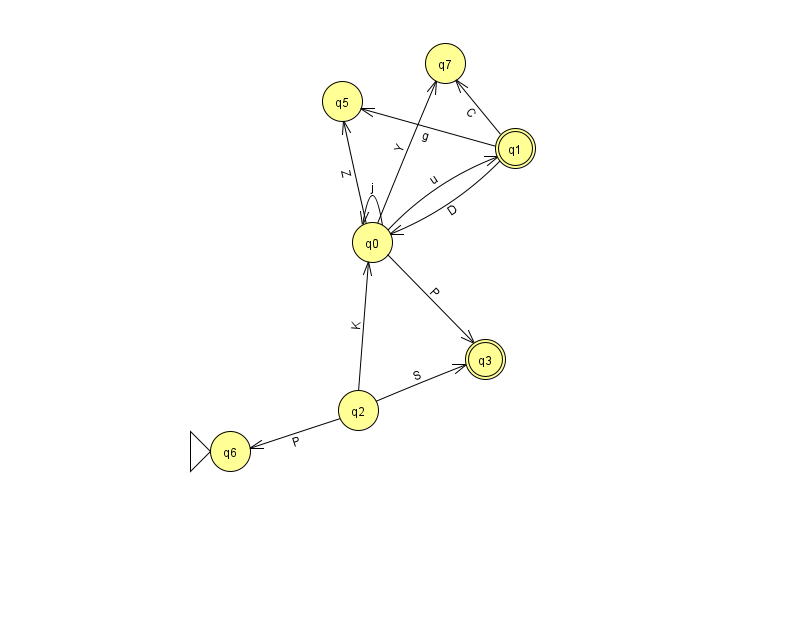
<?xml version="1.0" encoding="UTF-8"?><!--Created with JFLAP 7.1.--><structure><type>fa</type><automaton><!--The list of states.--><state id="0" name="q0"><x>372.0</x><y>229.0</y></state><state id="1" name="q1"><x>515.0</x><y>135.0</y><final/></state><state id="2" name="q2"><x>358.0</x><y>397.0</y></state><state id="3" name="q3"><x>485.0</x><y>346.0</y><final/></state><state id="5" name="q5"><x>342.0</x><y>88.0</y></state><state id="6" name="q6"><x>230.0</x><y>438.0</y><initial/></state><state id="7" name="q7"><x>445.0</x><y>50.0</y></state><!--The list of transitions.--><transition><from>1</from><to>7</to><read>C</read></transition><transition><from>0</from><to>7</to><read>Y</read></transition><transition><from>2</from><to>6</to><read>P</read></transition><transition><from>0</from><to>3</to><read>P</read></transition><transition><from>2</from><to>0</to><read>K</read></transition><transition><from>2</from><to>3</to><read>S</read></transition><transition><from>0</from><to>0</to><read>j</read></transition><transition><from>1</from><to>0</to><read>D</read></transition><transition><from>0</from><to>1</to><read>u</read></transition><transition><from>1</from><to>5</to><read>g</read></transition><transition><from>0</from><to>5</to><read>Z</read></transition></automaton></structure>